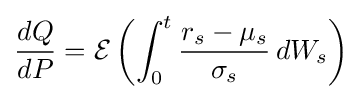
{\frac {dQ}{dP}}={\mathcal {E}}\left(\int _{0}^{t}{\frac {r_{s}-\mu _{s}}{\sigma _{s}}}\,dW_{s}\right)